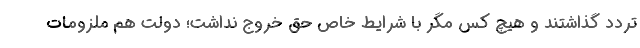
تردد گذاشتند و هیچ کس مگر با شرایط خاص حق خروج نداشت؛ دولت هم ملزومات